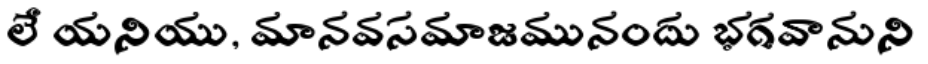
లే యనియు, మానవసమాజమునందు భగవానుని